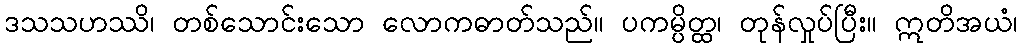
ဒသသဟဿိ၊ တစ်သောင်းသော လောကဓာတ်သည်။ ပကမ္ပိတ္ထ၊ တုန်လှုပ်ပြီး။ ဣတိအယံ၊